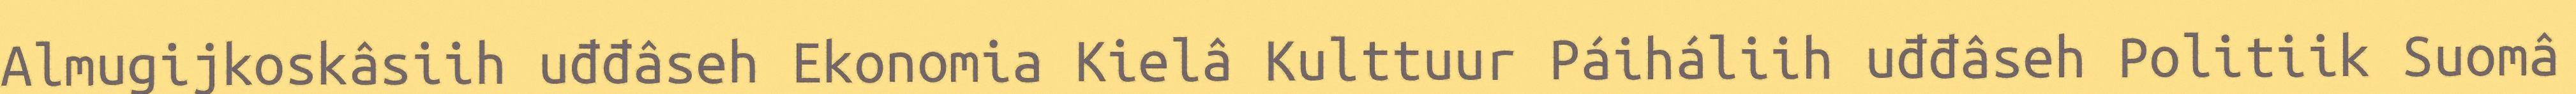
Almugijkoskâsiih uđđâseh Ekonomia Kielâ Kulttuur Páiháliih uđđâseh Politiik Suomâ